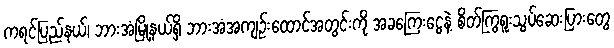
ကရင်ပြည်နယ်၊ ဘားအံမြို့နယ်ရှိ ဘားအံအကျဉ်းထောင်အတွင်းကို အခကြေးငွေနဲ့ စိတ်ကြွရူးသွပ်ဆေးပြားတွေ